Vaccination in Bombay 1856-1862 - 1856-1862
Year: 1856
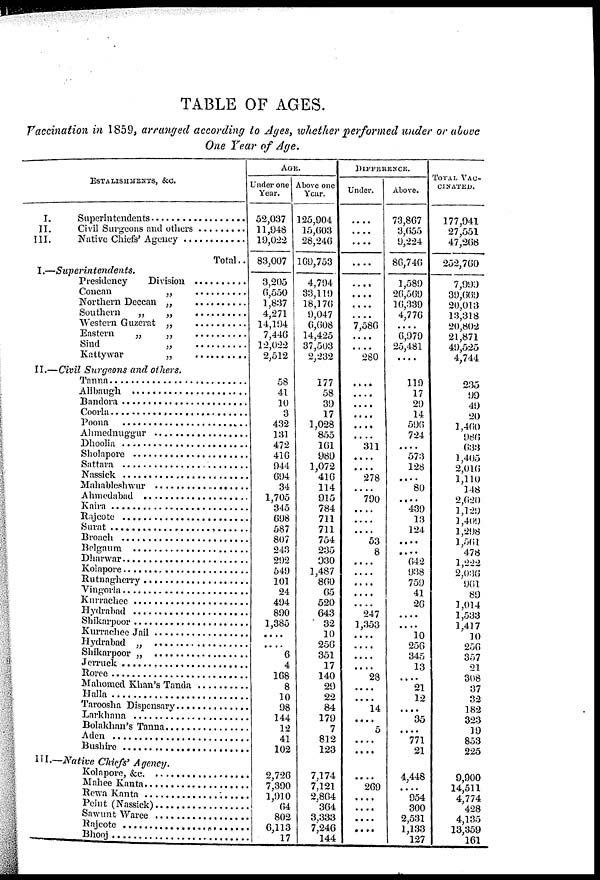
TABLE OF AGES.
Vaccination in 1859, arranged according to Ages, whether performed under or above
One Year of Age.
ESTALISHMENTS, &C.
I. Superindendent . . . . . . . . . .
II. Civil Surgeons and others . . . . . . .
III.
Native Chiefs' Agency . . . . . . . . .
Total..
I.—Superintendents.
Presidency Division . . . . . . . . .
Concen „ . . . . . . . . .
Northern Daccan „ . . . . . . . . .
Southern „ „ . . . . . . . .
Western Guzerat „ . . . . . . . . . .
Eastern „ „ . . . . . . . .
Sind „ . . . . . . . .
Kattywar „ . . . . . . . . .
II.—Civil Surgeons and others.
Tanna . . . . . . . . .
Alibaug . . . . . . . . . .
Bandora . . . . . . . . . . .
Coorla . . . . . . .
Poona . . . . . . . .
Ahmednuggur . . . . . . . . . .
Dhoolia . . . . . . . .
Sholapore . . . . . . . . . .
Sattara . . . . . . . . . .
Nassick . . . . . . . . . .
Mahableshwur . . . . . . . . . .
Ahmedabad . . . . . . . .
Kaira . . . . . . .
Rajcote . . . . . . . . . .
Surat . . . . . . . . . .
Broach . . . . . . . . . .
Belgaum . . . . . . . . . .
Dharwar . . . . . . . . . .
Kolapore . . . . . . . . . .
Rutnagherry . . . . . . . . . .
Vingorla . . . . . . . . . .
Kurrachee . . . . . . . . . .
Hydrabad . . . . . . . . . .
Shikarpoor . . . . . . . . . .
Kurrachee Jail . . . . . . . . . .
Hydrabad „ . . . . . . . . . .
Shikarpoor „ . . . . . . . . . .
Jerruck . . . . . . . . . .
Roree . . . . . . . . . .
Mahomed Khan's Tanda . . . . . . . . . .
Halla . . . . . . . . . .
Taroosha Dispensary . . . . . . . . . .
Larkhana . . . . . . . . . .
Bolakhan's Tanna . . . . . . . . . .
Aden . . . . . . . . . .
Bushire . . . . . . . . . .
III.—Native Chiefs'
Agency.
Kolapore, &c. . . . . . . . . . .
Mahee Kanta . . . . . . . . . .
Rewa Kanta . . . . . . . . . .
Peint (Nassick) . . . . . . . . . .
Sawunt Waree . . . . . . . . . .
Rajcote . . . . . . . . . .
Bhooj . . . . . . . . . .
AGE.
Under one
Year.
52,037
11,948
19,022
83,007
3,205
6,550
1,837
4,271
14,194
7,446
12,022
2,512
58
41
10
3
432
131
472
416
944
694
34
1,705
345
698
587
807
243
292
549
101
24
494
890
1,385
....
....
6
4
168
8
10
98
144
12
41
102
2,726
7,390
1,910
64
802
6,113
17
Above one
Year.
125,904
15,603
28,246
169,753
4,794
33,119
18,176
9,047
6,608
14,425
37,503
2,232
177
58
39
17
1,028
855
161
989
1,072
416
114
915
784
711
711
754
235
930
1,487
860
65
520
643
32
10
256
351
17
140
29
22
84
179
7
812
123
7,174
7,121
2 864
364
3,333
7 246
144
DIFFERENCE.
Under.
....
....
....
....
....
....
....
....
7,586
....
....
280
....
....
....
....
....
....
311
....
....
278
....
790
....
....
....
53
8
....
....
....
....
....
247
1,353
....
....
....
....
28
....
....
14
....
5
....
....
....
269
....
....
....
....
....
Above.
73,867
3,655
9,224
86,746
1,589
26,569
16,339
4,776
....
6,979
25,481
....
119
17
29
14
596
724
....
573
128
....
80
....
439
13
124
....
....
642
938
759
41
26
....
....
10
256
345
13
....
21
12
....
35
....
771
21
4,448
....
954
300
2,531
1,133
127
TOTAL VAC-
CINATED.
177,941
27,551
47,268
252,760
7,999
39,669
20,013
13,318
20,802
21,871
49,525
4,744
235
99
49
20
1,460
986
633
1,405
2,016
1,110
148
2,620
1,129
1,409
1,298
1,561
478
1,222
2,036
961
89
1,014
1,533
1,417
10
256
357
21
308
37
32
182
323
19
853
225
9,900
14,511
4 774
428
4,135
13,359
161